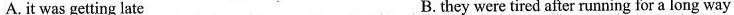
A.it was getting late B.they were tired after running for a long way